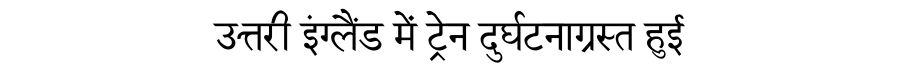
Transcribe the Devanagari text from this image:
उत्तरी इंग्लैंड में ट्रेन दुर्घटनाग्रस्त हुई